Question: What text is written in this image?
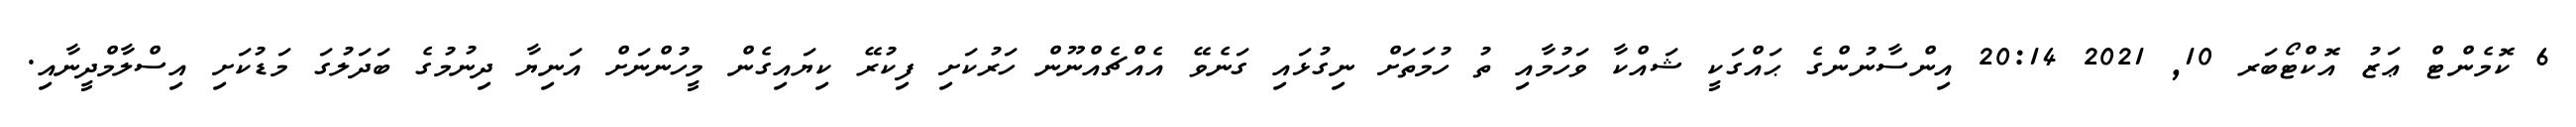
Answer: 6 ކޮމެންޓް ޢަޒު އޮކްޓޯބަރ 10, 2021 20:14 އިންސާނުންގެ ޙައްގަކީ ޝައްކާ ވަހުމާއި ތު ހުމަތަށް ނިގުޅައި ގަނެވޭ އެއްޗެއްނޫން ހަރުކަށި ފިކުރޭ ކިޔައިގެން މީހުންނަށް އަނިޔާ ދިނުމުގެ ބަދަލުގަ މަޑުކަށި އިސްލާމްދީނާއި.